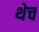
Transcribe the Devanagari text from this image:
थेच